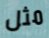
مثل